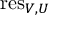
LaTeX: { \mathrm { r e s } } _ { V , U }